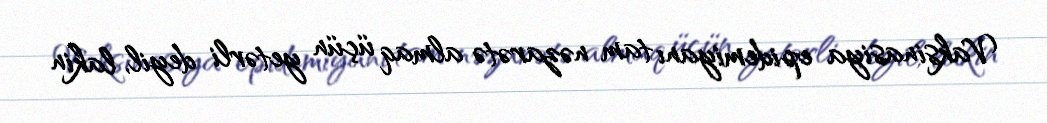
Vaksinasiya epidemiyanı tam nəzarətə almaq üçün yetərli deyil, lakin